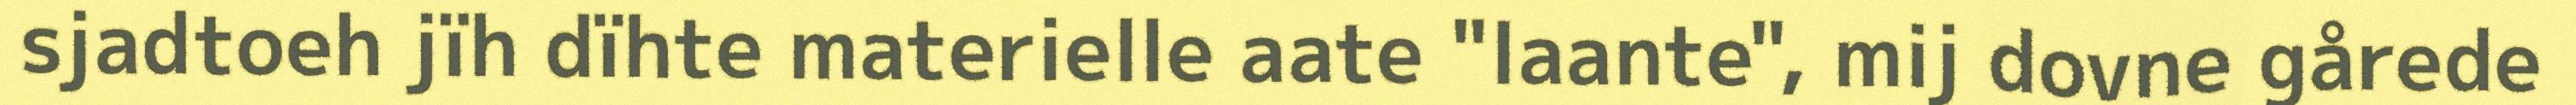
sjadtoeh jïh dïhte materielle aate "laante", mij dovne gårede